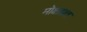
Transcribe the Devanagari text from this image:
मोक्षाप्रत